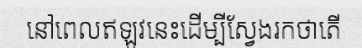
នៅពេលឥឡូវនេះដើម្បីស្វែងរកថាតើ